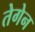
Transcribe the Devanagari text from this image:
तेगेन